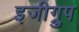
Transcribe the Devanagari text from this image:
इजीग्रुप